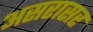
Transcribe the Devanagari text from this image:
असरासर